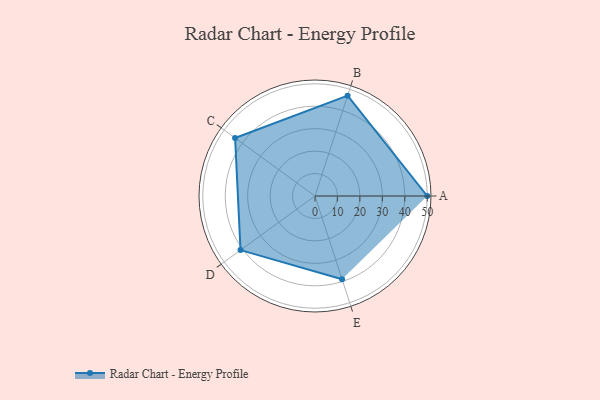
{"axis": {"x": "Skill", "y": "Score"}, "legend": ["Profile"], "data": [{"x": "A", "y": 50.0, "type": "Profile"}, {"x": "B", "y": 47.0, "type": "Profile"}, {"x": "C", "y": 44.0, "type": "Profile"}, {"x": "D", "y": 41.0, "type": "Profile"}, {"x": "E", "y": 39.0, "type": "Profile"}]}